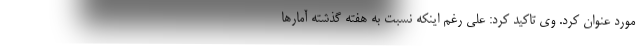
مورد عنوان کرد. وی تاکید کرد: علی رغم اینکه نسبت به هفته گذشته آمارها